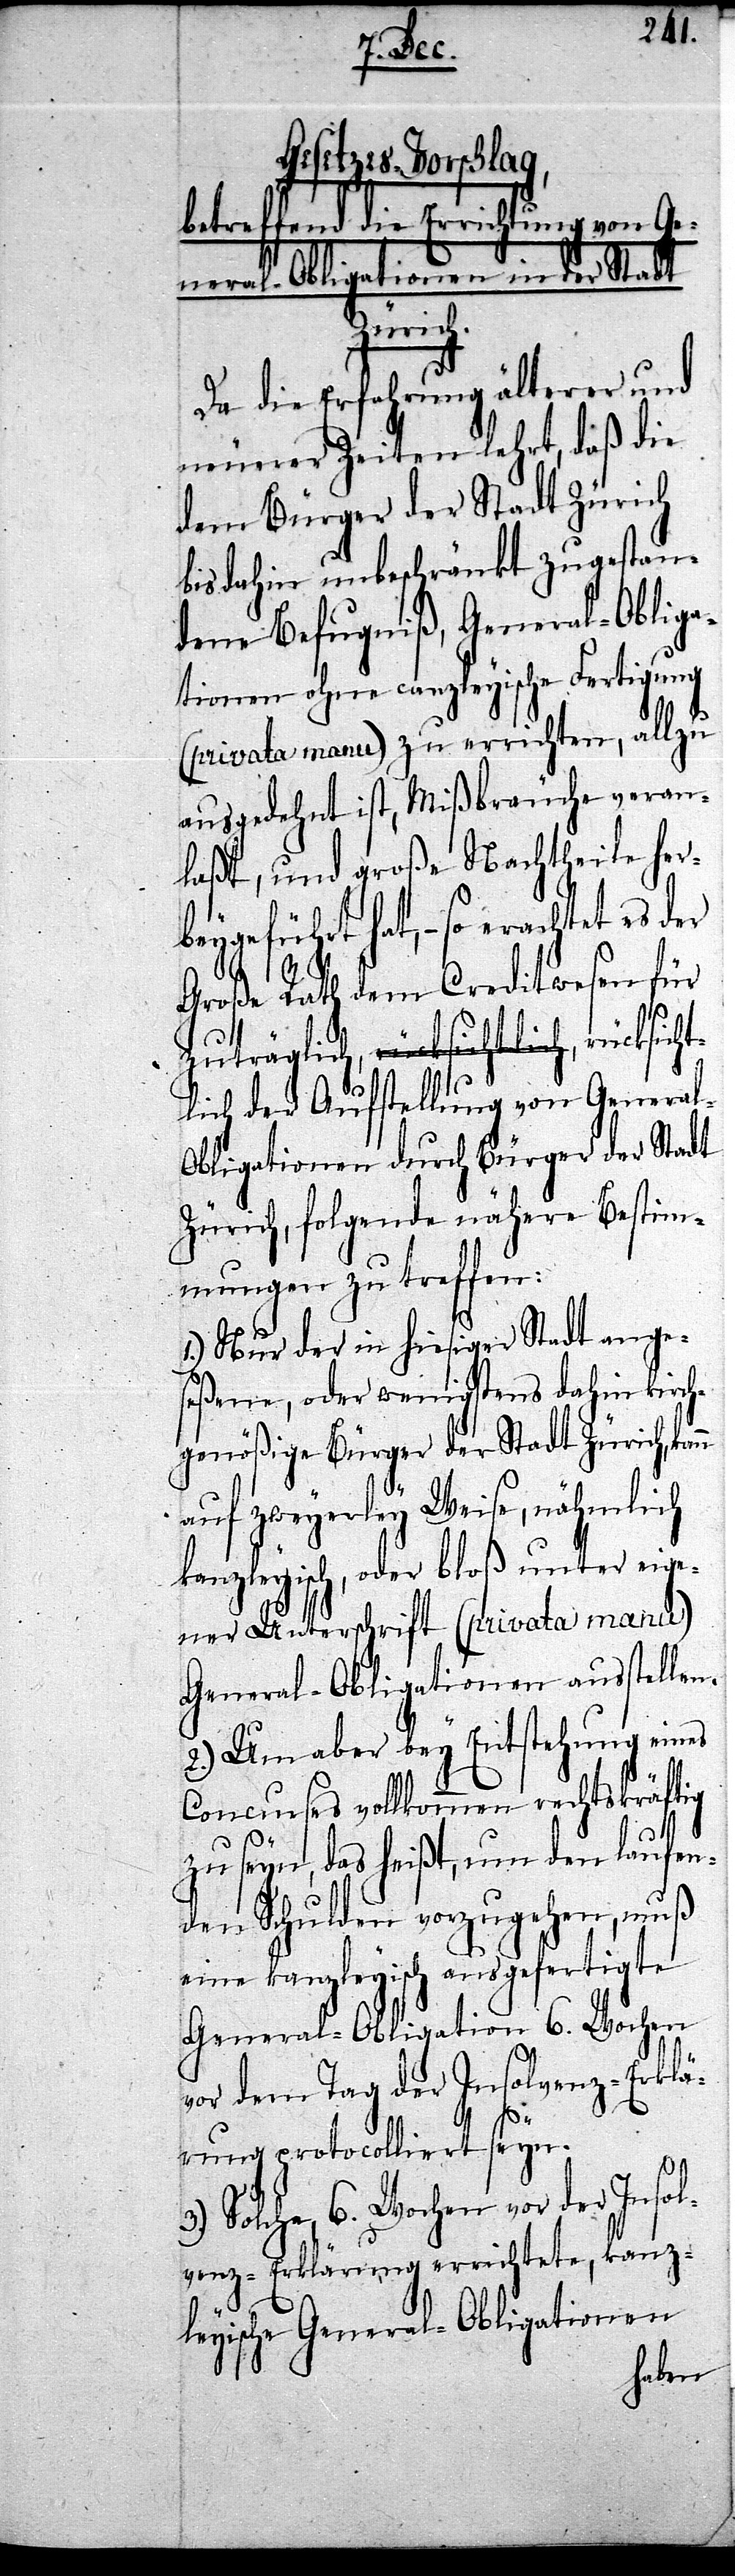
betreffend die Errichtung von Ge¬
Zürich.
nn
Da die Erfahrung älter¬
neuerer Zeiten lehrt, daß
dem Bürger der Stadt Zürich
bis dahin unbeschränkt zuge¬
dene Befugniß, General-Obliga¬
tionen ohne canzleyische Fertigung
(privata manu) zu errichten, allzu
ausgedehnt ist, Mißbräuche veran¬
laßt, und große Nachtheile her¬
beygeführt hat, – so erachtet es der
Große Rath dem Creditwesen für
zuträglich, rücksichtli¬
ch der Aufstellung von Genera¬
l-Obligationen durch Bürger der Stadt
Zürich, folgende nähere Bestim¬
mungen zu treffen:
1.) Nur der in hiesiger Stadt ange¬
seßene, oder wenigstens dahin kirc¬
hgenößige Bürger der Stadt Zürich, ka¬
auf zweyerley Weise, nähmlich
kanzleyisch, oder bloß unter eige¬
ner Unterschrift (privata manu)
General-Obligationen ausstellen.
2.) Um aber bey Entstehung eines
Concurses vollkommen rechtskräftig
zu seyn, das heißt, um den laufen¬
den Schulden vorzugehen, muß
eine kanzleyisch ausgefertigte
General-Obligation 6. Wochen
vor dem Tag der Insolvenz-Erklä¬
stan¬
rung protocolliert seyn.
Solche, 6. Wochen vor der Inso¬
lvenz-Erklärung errichtete, kanz¬
leyische General-Obligationen